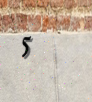
5